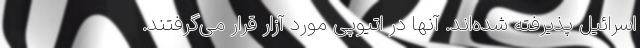
اسرائیل پذیرفته شده‌اند. آنها در اتیوپی مورد آزار قرار می‌گرفتند.